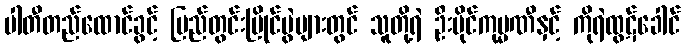
ပါတီတည်ထောင်ခွင့် ပြည်တွင်းပြိုင်ပွဲများတွင် သူတို့ရဲ ဦးပိုင်ကုမ္မဏီနှင့် ကိုရဲထွဋ်ခေါင်